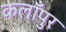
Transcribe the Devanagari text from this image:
कलाँपुर